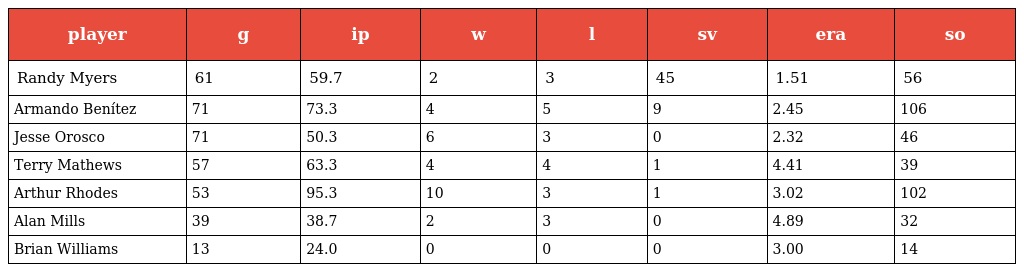
| player | g | ip | w | l | sv | era | so |
 | --- | --- | --- | --- | --- | --- | --- | --- |
 | Randy Myers | 61 | 59.7 | 2 | 3 | 45 | 1.51 | 56 |
 | Armando Benítez | 71 | 73.3 | 4 | 5 | 9 | 2.45 | 106 |
 | Jesse Orosco | 71 | 50.3 | 6 | 3 | 0 | 2.32 | 46 |
 | Terry Mathews | 57 | 63.3 | 4 | 4 | 1 | 4.41 | 39 |
 | Arthur Rhodes | 53 | 95.3 | 10 | 3 | 1 | 3.02 | 102 |
 | Alan Mills | 39 | 38.7 | 2 | 3 | 0 | 4.89 | 32 |
 | Brian Williams | 13 | 24.0 | 0 | 0 | 0 | 3.00 | 14 |